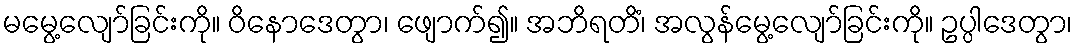
မမွေ့လျော်ခြင်းကို။ ဝိနောဒေတွာ၊ ဖျောက်၍။ အဘိရတိံ၊ အလွန်မွေ့လျော်ခြင်းကို။ ဥပ္ပါဒေတွာ၊